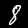
Label: 8